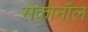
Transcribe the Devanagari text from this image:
सेकोनॉल